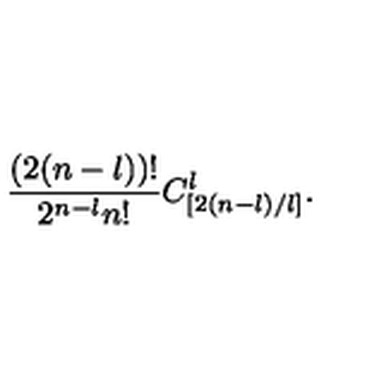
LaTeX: \frac { ( 2 ( n - l ) ) ! } { 2 ^ { n - l } n ! } C _ { [ 2 ( n - l ) / l ] } ^ { l } .